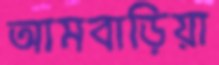
আমবাড়িয়া